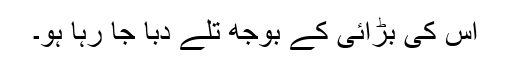
اس کی بڑائی کے بوجھ تلے دبا جا رہا ہو۔